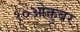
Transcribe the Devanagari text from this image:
१०ओक्तुबर